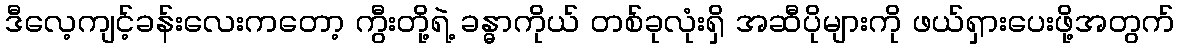
ဒီလေ့ကျင့်ခန်းလေးကတော့ ကွီးတို့ရဲ့ ခန္ဓာကိုယ် တစ်ခုလုံးရှိ အဆီပိုများကို ဖယ်ရှားပေးဖို့အတွက်